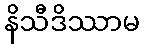
နိသီဒိဿာမ